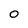
Character: O